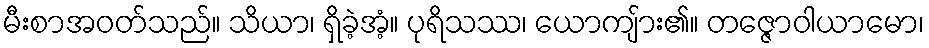
မီးစာအဝတ်သည်။ သိယာ၊ ရှိခဲ့အံ့။ ပုရိသဿ၊ ယောကျ်ား၏။ တဇ္ဇောဝါယာမော၊